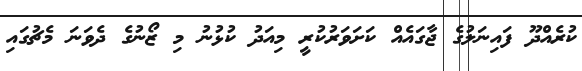
ކުރެެއްދޫ ފައިނަލުގެ ޖާގައެއް ކަށަވަރުކުރީ މިއަދު ކުޅުނު މި ޒޯނުގެ ދެވަނަ މެޗުގައި